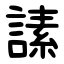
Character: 䛾